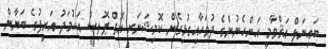
ބައިނަލް އަޤްވާމީ އަންހެނުންގެ ދުވަހާއިގުޅިގެން ކޮމިޝަނަރ އޮފް ޕޮލިސް އަޙުމަދު އަރީފުގެ ބަޔާން